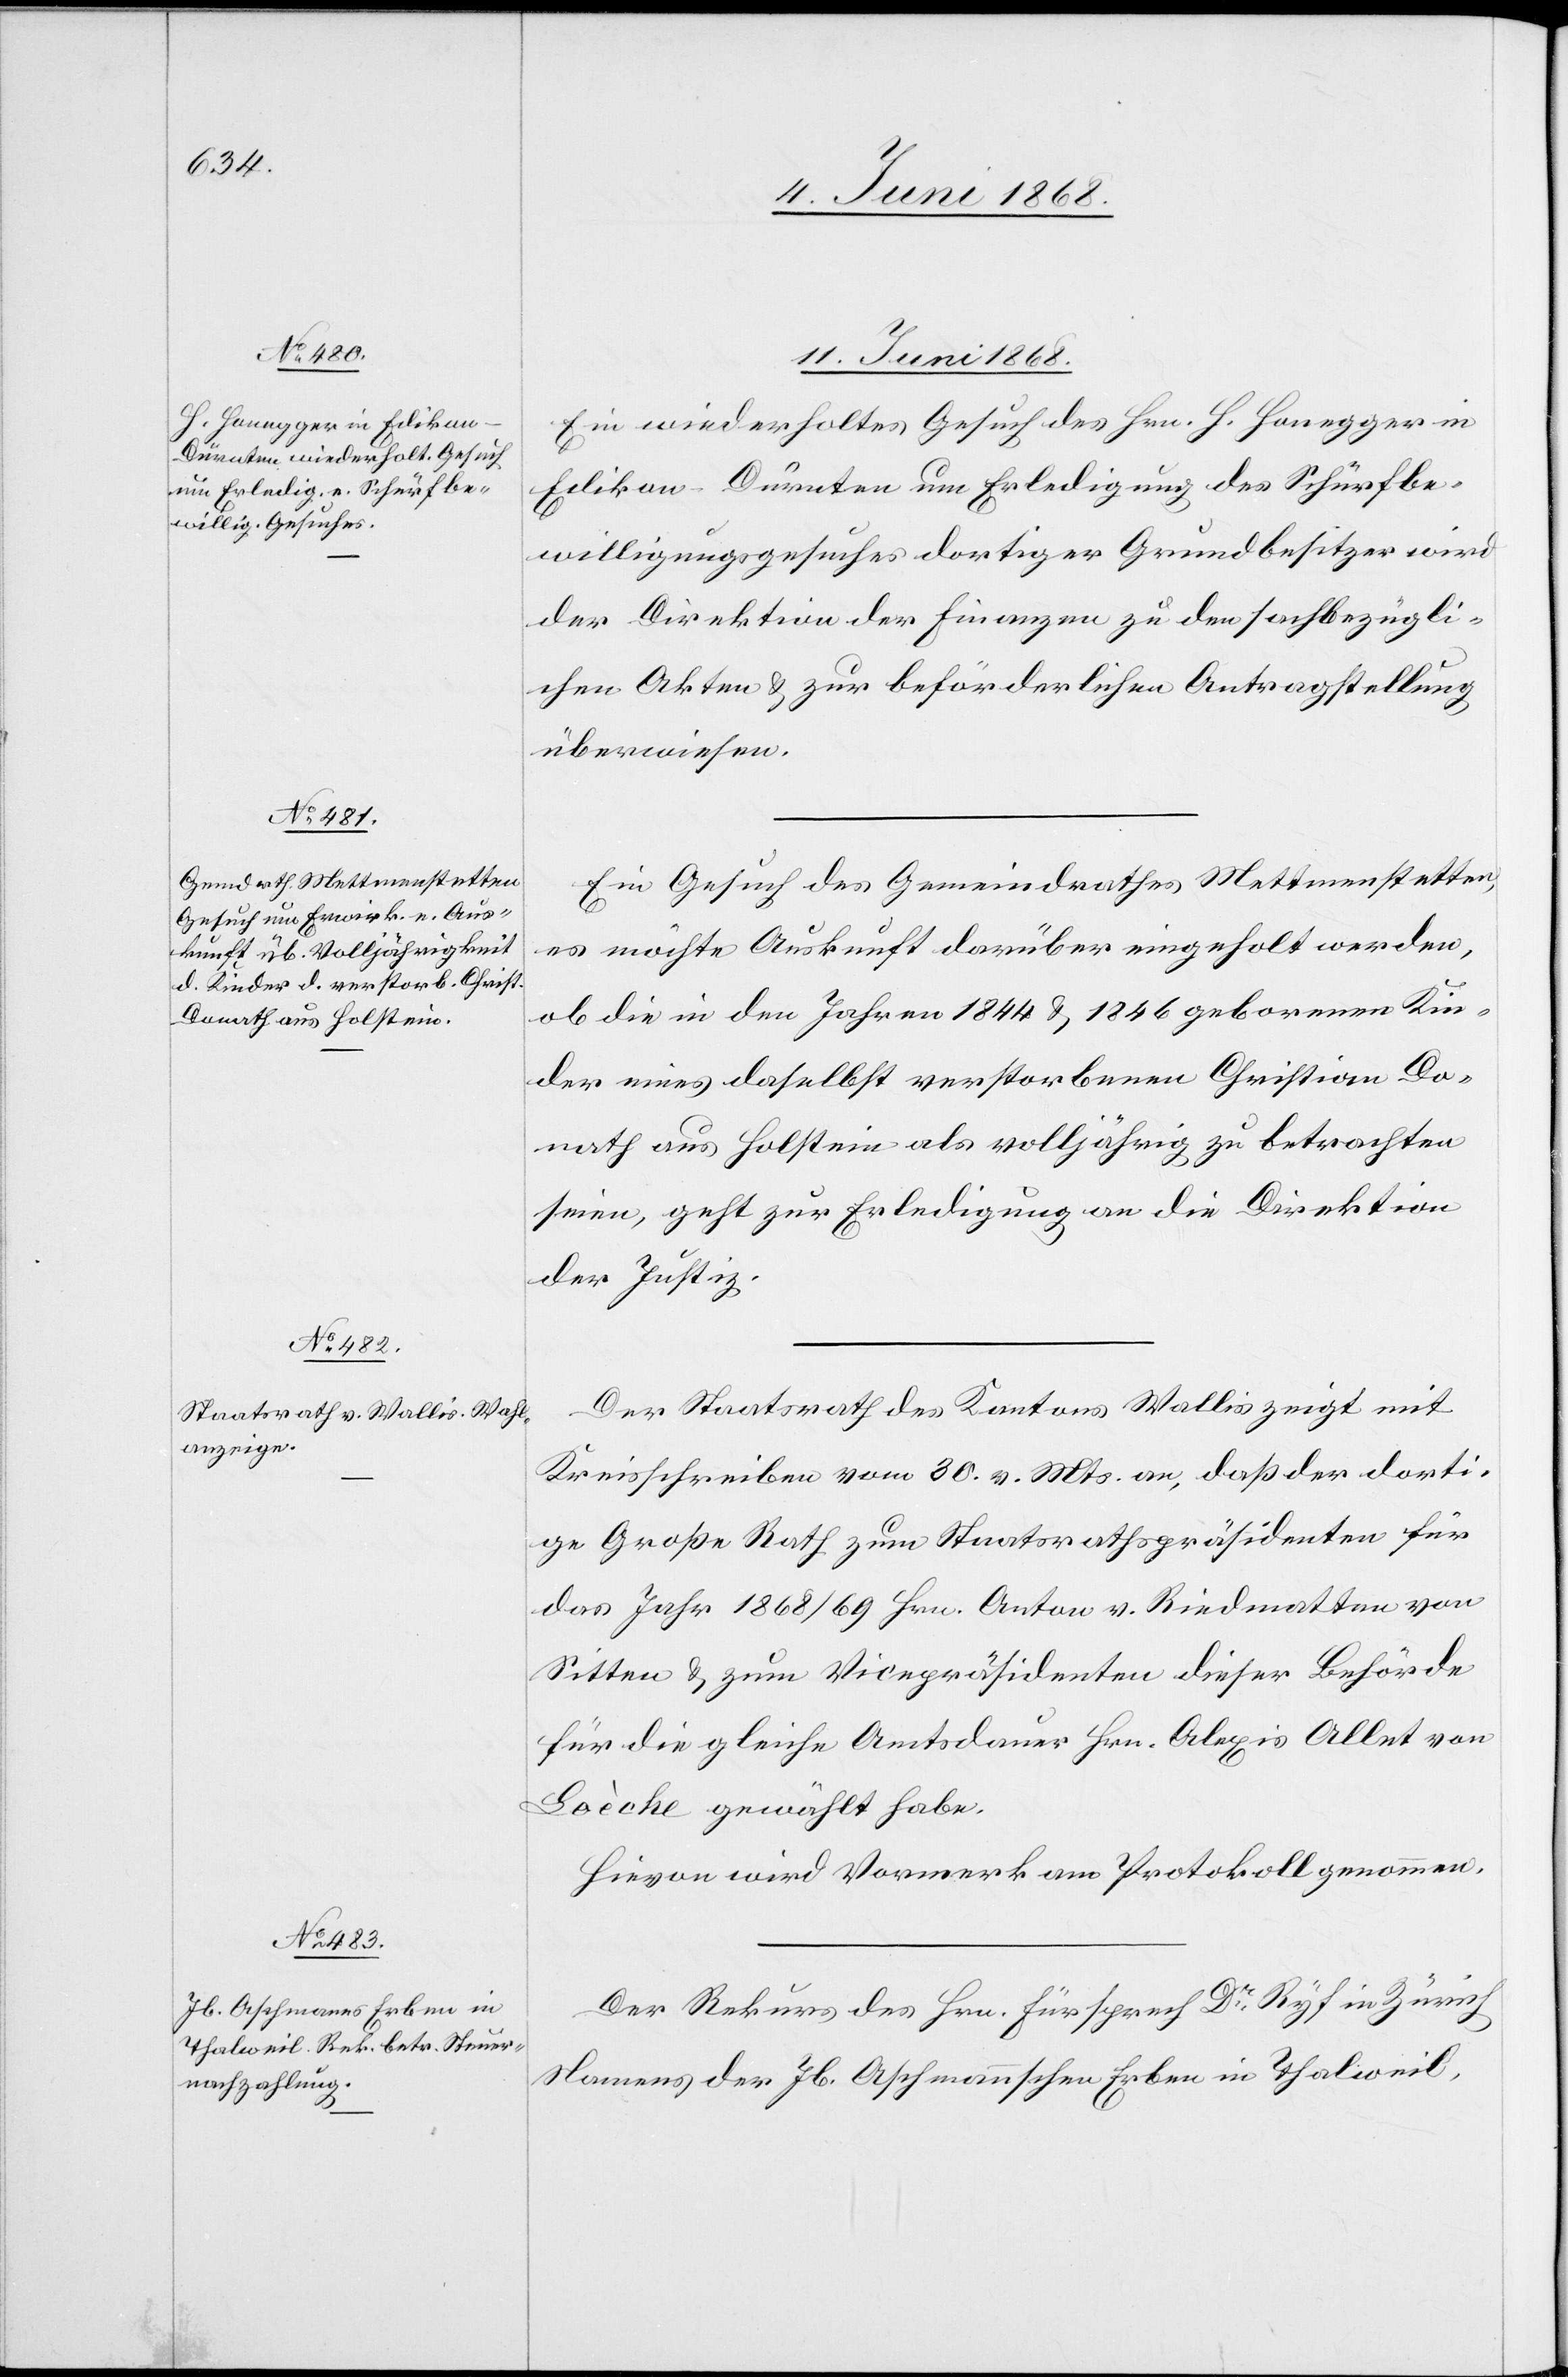
11. Juni 1868.]
Ein wiederholtes Gesuch des Hrn. H. Honegger in
Edikon-Dürnten um Erledigung des Schürfbe¬
willigungsgesuches dortiger Grundbesitzer wird
der Direktion der Finanzen zu den sachbezügli¬
chen Akten & zur beförderlichen Antragstellung
überwiesen.
Ein Gesuch des Gemeindrathes Mettmenstetten,
es möchte Auskunft darüber eingeholt werden,
ob die in den Jahren 1844 & 1846 geborenen Kin¬
der eines daselbst verstorbenen Christian Do¬
nath aus Holstein als volljährig zu betrachten
seien, geht zur Erledigung an die Direktion
der Justiz.
Der Staatsrath des Kantons Wallis zeigt mit
Kreisschreiben vom 30. v. Mts. an, daß der dorti¬
ge Große Rath zum Staatsrathspräsidenten für
das Jahr 1868/69 Hrn. Anton v. Riedmatten von
Sitten & zum Vicepräsidenten dieser Behörde
für die gleiche Amtsdauer Hrn. Alexis Allet von
Loèche gewählt habe.
Hievon wird Vormerk am Protokoll genommen.
Der Rekurs des Hrn. Fürsprech Dr Ryf in Zürich
Namens der Jb. Aschmannschen Erben in Thalweil,